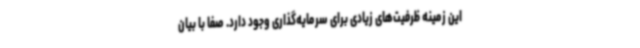
این زمینه ظرفیت‌های زیادی برای سرمایه‌گذاری وجود دارد. صفا با بیان